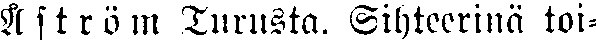
Åström Turusta. Sihteerinä toi-